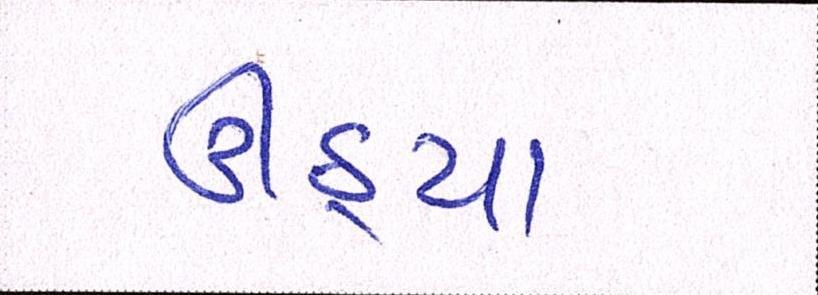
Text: ઊઠયા